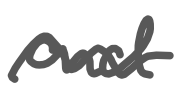
Text: and
Cross-out: wave
Writing tool: digital_gray